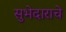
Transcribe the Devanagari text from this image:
सुभेदाराचे